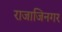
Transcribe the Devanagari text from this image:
राजाजिनगर